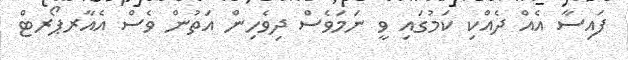
ފައިސާ އެއް ދެއްކި ކަމުގައި ވީ ނަމަވެސް ދިވެހިން އަތުން ވެސް އެއާރޕޯރޓް